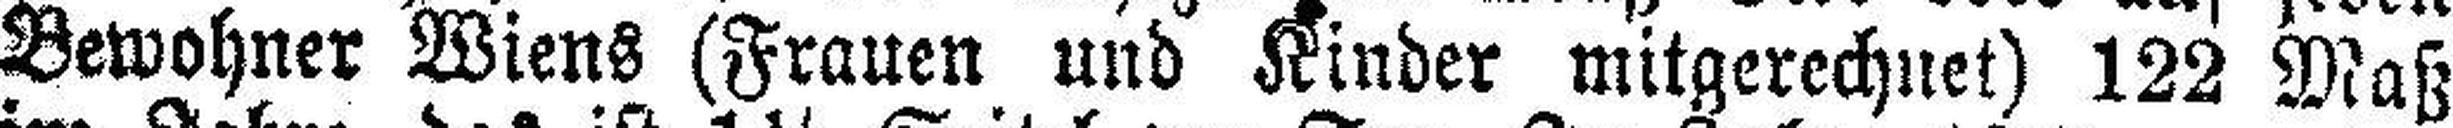
Bewohner Wiens (Frauen und Kinder mitgerechuet) 122 Maß